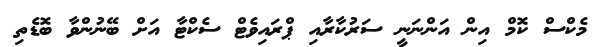
މެކްސް ކޮމް އިން އަންނަނީ ސަރުކާރާއި ޕްރައިވެޓް ސެކްޓާ އަށް ބޭނުންވާ ބޮޑެތި